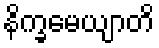
နိက္ခမေယျာတိ